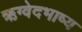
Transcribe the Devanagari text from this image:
ऋग्वेदभाष्य